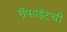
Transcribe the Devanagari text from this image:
ग्रॅफाईटची